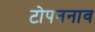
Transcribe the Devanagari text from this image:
टोपननाव